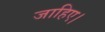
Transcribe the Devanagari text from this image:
जाहिए।